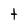
Character: t